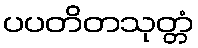
ပပတိတသုတ္တံ